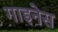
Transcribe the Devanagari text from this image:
गाइनेस